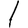
Digit: 1